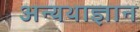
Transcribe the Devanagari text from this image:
अन्यथाज्ञान